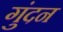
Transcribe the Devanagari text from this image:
गुंदन